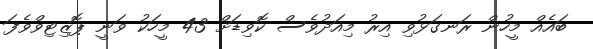
ބައެއް މީހުން ރަނގަޅުވި އިރު މިއަދުވެސް ކޮވިޑަށް 43 މީހަކު ވަނީ ޕޮޒިޓިވްވެފަ